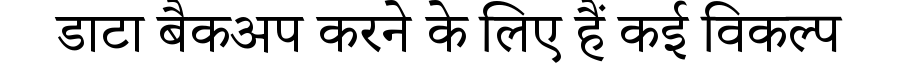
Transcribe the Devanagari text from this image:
डाटा बैकअप करने के लिए हैं कई विकल्प